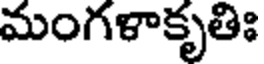
మంగళాకృతిః